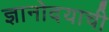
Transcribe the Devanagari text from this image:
ज्ञानोदयाची